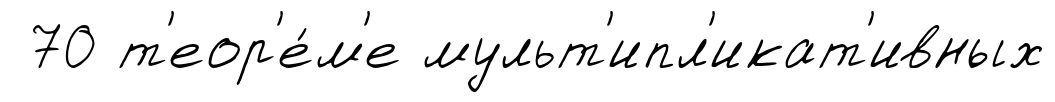
70 т'еор'е́м'е мульт'ипл'икат'ивных